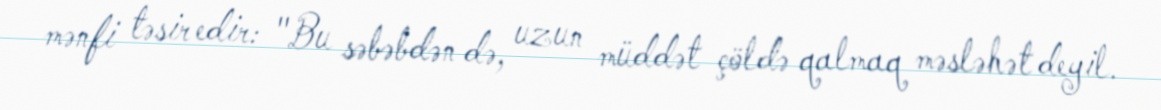
mənfi təsir edir: "Bu səbəbdən də, uzun müddət çöldə qalmaq məsləhət deyil.